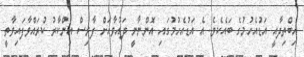
އިބްތިދާއީ އަޑުއެހުމުގެ ބައެކެވެ. އެ އަޑުއެހުމުގައި އޮންނާނީ ދައުވާއަށް ފާރިސް އިންކާރު ކުރައްވާފައިވާތީ